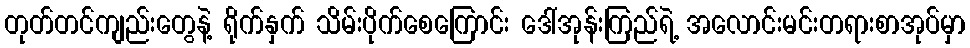
တုတ်တင်ကျည်းတွေနဲ့ ရိုက်နှက် သိမ်းပိုက်စေကြောင်း ဒေါ်အုန်းကြည်ရဲ့ အလောင်းမင်းတရားစာအုပ်မှာ